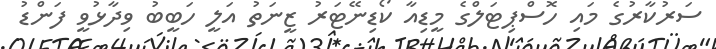
ސަރުކާރުގެ މައި ހޮސްޕިޓަލްގެ މީޑިއާ ކޯޑިނޭޓަރު ޒީނަތު އަލީ ހަބީބު ވިދާޅުވީ ފަންޑު